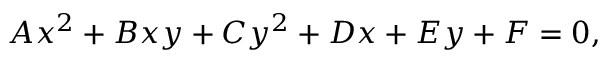
A x ^ { 2 } + B x y + C y ^ { 2 } + D x + E y + F = 0 ,